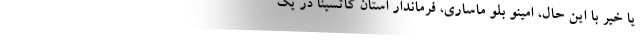
یا خیر با این حال، امینو بلو ماساری، فرماندار استان کاتسینا در یک